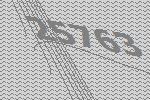
25763